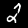
Label: 2